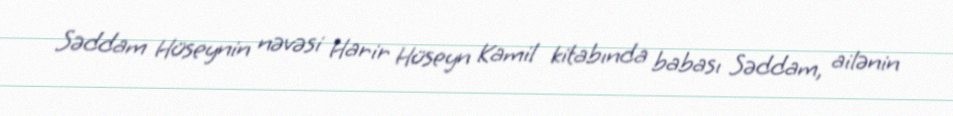
Səddam Hüseynin nəvəsi Harir Hüseyn Kamil kitabında babası Səddam, ailənin